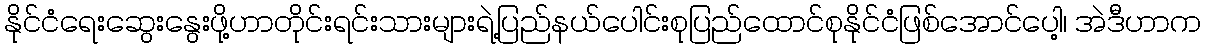
နိုင်ငံရေးဆွေးနွေးဖို့ဟာတိုင်းရင်းသားများရဲ့ပြည်နယ်ပေါင်းစုပြည်ထောင်စုနိုင်ငံဖြစ်အောင်ပေါ့၊ အဲဒီဟာက